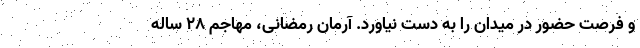
و فرصت حضور در میدان را به دست نیاورد. آرمان رمضانی، مهاجم ۲۸ ساله